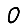
Digit: 0